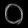
Digit: ၀